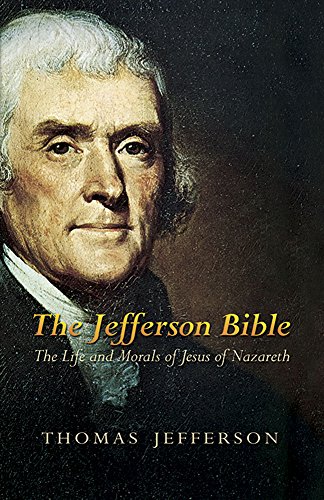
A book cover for The Jefferson Bible: The Life and Morals of Jesus of Nazareth; Thomas Jefferson; Religion & Spirituality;